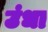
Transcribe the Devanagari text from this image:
उंधा